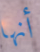
أنها